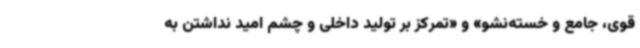
قوی، جامع و خسته‌نشو» و «تمرکز بر تولید داخلی و چشم امید نداشتن به